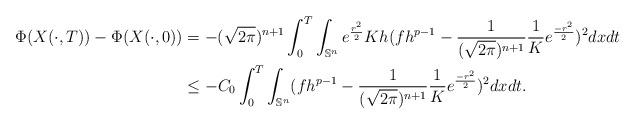
LaTeX: \begin{align*}\Phi(X(\cdot,T))-\Phi(X(\cdot,0)) &=-(\sqrt{2\pi})^{n+1}\int_{0}^{T} \int_{\mathbb{S}^n} e^{\frac{r^2}{2}}Kh(fh^{p-1}-\frac{1}{(\sqrt{2\pi})^{n+1}}\frac{1}{K}e^{\frac{-r^2}{2}})^2dxdt\\& \leq -C_0\int_{0}^{T} \int_{\mathbb{S}^n} (fh^{p-1}-\frac{1}{(\sqrt{2\pi})^{n+1}}\frac{1}{K}e^{\frac{-r^2}{2}})^2dxdt.\end{align*}